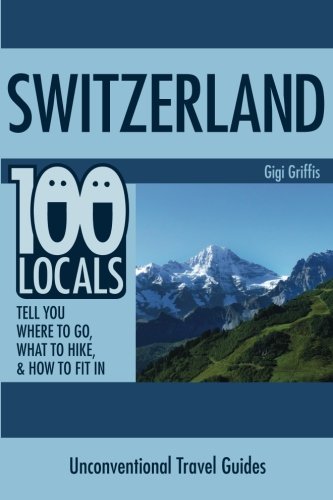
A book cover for Switzerland: 100 Locals Tell You What to Do, Where to Hike, & How to Fit In; Gigi Griffis; Travel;